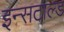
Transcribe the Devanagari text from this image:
इन्सटाल्ड